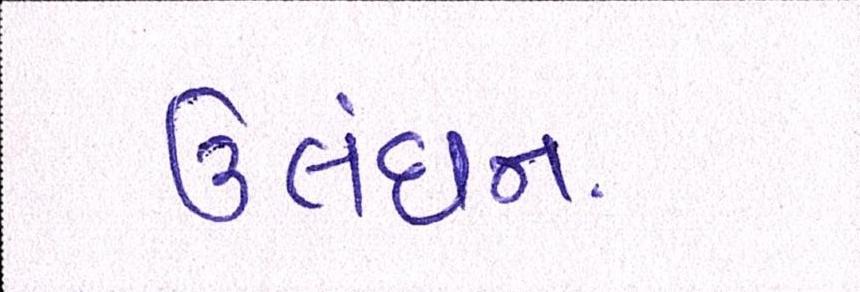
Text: ઉલંઘન